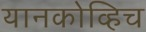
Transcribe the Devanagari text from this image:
यानकोव्हिच